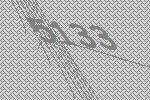
5133